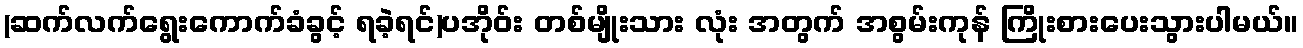
(ဆက်လက်ရွေးကောက်ခံခွင့် ရခဲ့ရင်)ပအိုဝ်း တစ်မျိုးသား လုံး အတွက် အစွမ်းကုန် ကြိုးစားပေးသွားပါမယ်။